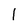
Character: 1